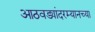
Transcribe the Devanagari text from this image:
आठवड्यांदरम्यानच्या